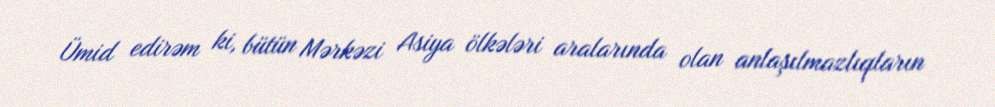
Ümid edirəm ki, bütün Mərkəzi Asiya ölkələri aralarında olan anlaşılmazlıqların